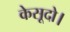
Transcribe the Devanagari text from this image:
केसूदो।